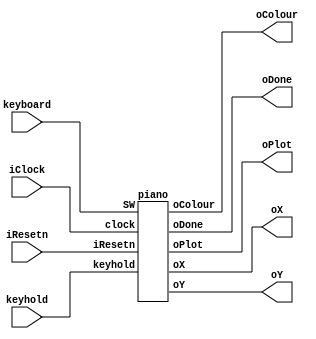
//

// This is the template for Part 2 of Lab 7.

//

// Paul Chow

// November 2021

//

 
// Part 2 skeleton


module vga(iResetn,keyboard, keyhold, iClock,oX,oY,oColour,oPlot,oDone);

   parameter X_SCREEN_PIXELS = 8'd160;

   parameter Y_SCREEN_PIXELS = 7'd120;

 

   input wire iResetn;
	
	input wire [7:0] keyboard;

   input wire iClock;
	
	input keyhold;

   output wire [7:0] oX;         // VGA pixel coordinates

   output wire [6:0] oY;

   output wire [2:0] oColour;     // VGA pixel colour (0-7)

   output wire oPlot;       // Pixel draw enable

   output wire oDone;       // goes high when finished drawing frame
/*
wire enablex, enabley, enablep, enableb;

wire [7:0]counterx;
wire [6:0]countery;
wire [5:0]counterdraw;

assign oPlot = enablep;
*/


piano p(.SW(keyboard), .keyhold(keyhold), .iResetn(iResetn),.clock(iClock), .oX(oX) , .oY(oY), .oColour(oColour), .oPlot(oPlot), .oDone(oDone));
/*
fsm inst1(.iClock(iClock), .iResetn(iResetn), .iLoadX(iLoadX), .iPlotBox(iPlotBox), .iBlack(iBlack), .CDraw(counterdraw), .xC(counterx), 
	.yC(countery), .controlA(enablex), .controlB(enabley), .controlC(enableb), .oPlot(enablep), .oDone(oDone));

datapath inst2(.iClock(iClock), .iBlack(enableb), .iResetn(iResetn), .ld_x(enablex), .ld_y(enabley), .iPlotBox(enablep), .ctr_x(counterx), .ctr_y(countery), .ctr_D(counterdraw), .iXY_Coord(iXY_Coord), .iColour(iColour), .x_reg(oX), .colour_reg(oColour), .y_reg(oY));
*/ 				


endmodule

 

//add reseta
module piano(SW, keyhold, iResetn, clock, oX,oY, oColour,oPlot,oDone);
	input [7:0]SW;
	input clock, iResetn, keyhold;
	output reg [7:0]oX;
	output reg [6:0]oY;
	output reg oPlot, oDone;
	output reg [2:0]oColour;
	
	reg [7:0]xc;
	reg [6:0]yc;
	
	always @(posedge clock) begin
	
		if(!iResetn) begin
		  xc <= 0;

        yc <= 0;

        oX <= 0;

        oY <= 0;

        oColour <= 0;
		  
		  oPlot <= 0;
		  
		  oDone <= 0;
		end
		else
		begin
			yc <= yc + 1;
			if(yc >= 79)begin
				if(yc == 120) yc <= 79;
				else begin 
					xc <= xc+1;
					if(xc == 180) xc <= 0;
					else begin
						oX <= xc;
						oY <= yc;
						
						oPlot <= 1;
						
						if(yc == 79) oColour <= 3'b111;
						else if(xc%16 == 0) begin
							if(xc == 0 || xc == 48 || xc == 112)oColour <= 3'b000;
							else if(yc > 100) oColour = 3'b000;
						end
						else if(xc >= 14 && xc <= 18 && yc <= 100)begin
							if(SW == 8'b00011110 ) oColour <= 3'b100;
							else oColour <= 3'b000;
						end
						else if(xc >= 30 && xc <= 34 && yc <= 100)begin
							if(SW == 8'b00100110 ) oColour <= 3'b100;
							else oColour <= 3'b000;
						end 
						
						else if(xc >= 62 && xc <= 66 && yc <= 100)begin
							if(SW == 8'b00101110 ) oColour <= 3'b100;
							else oColour <= 3'b000;
						end 
						else if(xc >= 78 && xc <= 82 && yc <= 100)begin
							if(SW == 8'b00110110 ) oColour <= 3'b100;
							else oColour <= 3'b000;
						end 
						else if(xc >= 94 && xc <= 98 && yc <= 100)begin
							if(SW == 8'b00111101) oColour <= 3'b100;
							else oColour <= 3'b000;
						end 
						
						else if(xc >= 126 && xc <= 130 && yc <= 100) begin
							if(SW == 8'b01000110 ) oColour <= 3'b100;
							else oColour <= 3'b000;
						end
						else if(xc >= 142 && xc <= 146 && yc <= 100) begin
							if(SW == 8'b01000101 ) oColour <= 3'b100;
							else oColour <= 3'b000;
						end
						
						else if(xc >= 0 && xc < 16 && SW == 8'b00010101 ) begin oColour <= 3'b100; end
						else if(xc >= 16 && xc < 32 && SW == 8'b00011101 ) begin oColour <= 3'b100; end
						
						else if(xc >= 32 && xc < 48 && SW == 8'b00100100 ) begin oColour <= 3'b100; end
						else if(xc >= 48 && xc < 64 && SW == 8'b00101101 ) begin oColour <= 3'b100; end
						else if(xc >= 64 && xc < 80 && SW == 8'b00101100 ) begin oColour <= 3'b100; end
						
						else if(xc >= 80 && xc < 96 && SW == 8'b00110101 ) begin oColour <= 3'b100; end
						else if(xc >= 96 && xc < 112 && SW == 8'b00111100 ) begin oColour <= 3'b100; end
						
						else if(xc >= 112 && xc < 128  && SW == 8'b01000011 ) begin oColour <= 3'b100; end
						else if(xc >= 128 && xc < 144 && SW == 8'b01000100 ) begin oColour <= 3'b100; end
						else if(xc >= 144 && xc <= 160 && SW == 8'b01001101) begin oColour <= 3'b100; end
						
						else oColour <= 3'b111;
					
					end
				end 
			end 
		end
	end
	

endmodule


 

/*

module fsm(input iClock, input iResetn, input iLoadX, input iPlotBox, input iBlack, input [5:0]CDraw, input [7:0]xC, input [6:0]yC, output reg controlA, 
				output reg controlB, output reg controlC, output reg oPlot, output  reg oDone);

parameter X_SCREEN_PIXELS = 8'd160;

parameter Y_SCREEN_PIXELS = 7'd120;



reg [5:0] current_state, next_state;

 

    localparam 

                S_LOAD_X        = 5'd0,

                S_LOAD_X_WAIT   = 5'd1,

                S_LOAD_Y        = 5'd2,

                S_LOAD_Y_WAIT   = 5'd3,

                S_LOAD_BLACK    = 5'd4,

                S_LOAD_DRAW     = 5'd5,

                KEY_WAIT        = 5'd6;

 

    always @(*)

    begin

        case(current_state)

            KEY_WAIT: begin

                if(iBlack)

                    next_state = S_LOAD_BLACK;

                else if(iLoadX)

                    next_state = S_LOAD_X;

                else

                    next_state = KEY_WAIT;

            end

            S_LOAD_X: begin

                if(iBlack)
					 
						next_state = S_LOAD_BLACK;

                else if(!iLoadX)
					 
						next_state = S_LOAD_X_WAIT;

                else

                    next_state=S_LOAD_X;

            end

            S_LOAD_X_WAIT: next_state = iLoadX ? S_LOAD_X_WAIT : S_LOAD_Y;

            S_LOAD_Y: begin

                if(iBlack) 
							
							next_state = S_LOAD_BLACK; 
						  
                else if(iPlotBox)

                    next_state = S_LOAD_Y_WAIT;

                else

                    next_state=S_LOAD_Y;

            end

            S_LOAD_Y_WAIT: next_state = iPlotBox ? S_LOAD_Y_WAIT : S_LOAD_DRAW;

            S_LOAD_DRAW: begin
					if(iBlack)

						next_state = S_LOAD_BLACK;
							
					else if(CDraw <= 5'b01111)
					
						next_state = S_LOAD_DRAW;

               else

                  next_state = KEY_WAIT;
				end

            S_LOAD_BLACK: begin
				
					if(xC < X_SCREEN_PIXELS && yC < Y_SCREEN_PIXELS) next_state = S_LOAD_BLACK;
					
					else next_state = KEY_WAIT;

				end
				
        default: next_state = KEY_WAIT;
		  

    endcase

end

 

always @(*)

begin

    controlA <= 0;

    controlB <= 0;

    controlC <= 0;

    oPlot <= 0;
	
	 oDone <= 0;
              

    case(current_state)

        S_LOAD_X: begin

            controlA <= 1; //enable x

        end

        S_LOAD_Y: begin

           controlB <= 1; //enable y and color

        end

        S_LOAD_DRAW: begin

				oPlot <= 1; //enable plotting for VGA
				
				if(CDraw == 5'b01111) oDone <= 1;

			end

	  S_LOAD_BLACK: begin

			controlC <= 1;//black screen signal

		end

		endcase

end

always @(posedge iClock)

    begin

    if(!iResetn)

        current_state<=KEY_WAIT;

    else

        current_state<=next_state;

    end

endmodule

 

 

 

module datapath(input iClock, input iBlack, input iResetn, input ld_x, input ld_y, input iPlotBox, input [6:0]iXY_Coord, input [2:0]iColour, 
						output reg [7:0]ctr_x, output reg [6:0]ctr_y, output reg [5:0]ctr_D, output reg [7:0]x_reg, output reg [2:0]colour_reg, output reg [6:0]y_reg);
					
   parameter X_SCREEN_PIXELS = 8'd160;

   parameter Y_SCREEN_PIXELS = 7'd120;
 

reg [7:0]x;

reg [6:0]y;

//reg [2:0]colour;

 

//if both the horizontal and vertical shifts are at the end start at (0,0) again


always @(posedge iClock)
	begin
	if(!iResetn) begin
		  x <= 0;

        y <= 0;

        ctr_x <= 0;

        ctr_y <= 0;
		  
		  ctr_D <= 0;

        x_reg <= 0;

        y_reg <= 0;

        colour_reg <= 0;
	end
	else begin
		if(ld_x) begin
		
			x <= iXY_Coord;
			x_reg <= iXY_Coord;
			
		end
		
		if(ld_y) begin
			y <= iXY_Coord;
			y_reg <= iXY_Coord;
			colour_reg <= iColour;
		end
		
		if(iBlack) begin
			//this is basically a forloop
				if (ctr_x == X_SCREEN_PIXELS && ctr_y != Y_SCREEN_PIXELS) begin
					ctr_x <= 8'b0;
					ctr_y <= ctr_y + 1;
				end
				else begin
					ctr_x <= ctr_x + 1;
				end

            x_reg <= x + ctr_x;
				y_reg <= y + ctr_y;
				colour_reg <= 3'b000;

      end
		
		if(iPlotBox) begin
			if (ctr_D == 6'b010000) ctr_D <= 6'b0;
			
			else ctr_D <= ctr_D + 1;
		
			x_reg <= x + ctr_D[1:0];
			
			y_reg <= y + ctr_D[3:2];
	
		end
	end
end

endmodule
*/